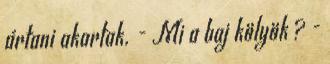
ártani akartak. - Mi a baj kölyök ? -